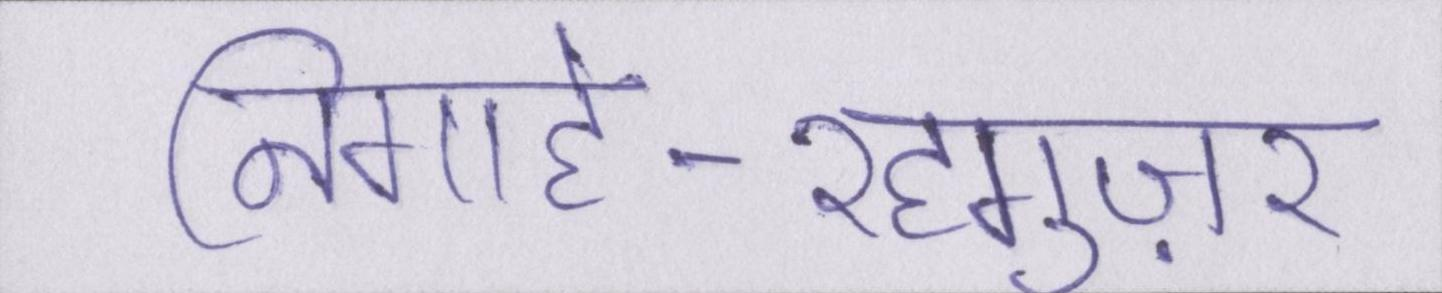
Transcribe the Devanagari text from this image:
निगाहे-रहगुज़र